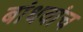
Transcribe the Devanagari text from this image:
बांधवांच